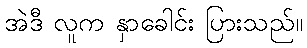
အဲဒီ လူက နှာခေါင်း ပြားသည်။